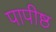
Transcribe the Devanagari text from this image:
पापीष्ठ